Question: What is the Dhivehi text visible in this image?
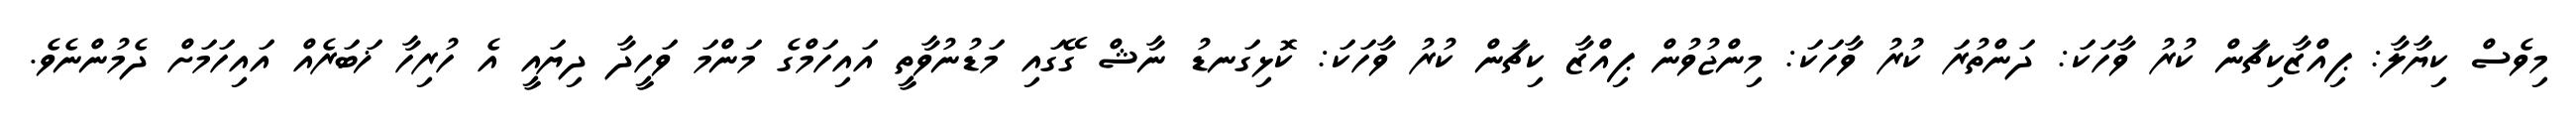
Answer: މިވެސް ކިޔާލާ: ޕިއްޒާކިޗަން ކުރު ވާހަކަ: ދަންތުރަ ކުރު ވާހަކަ: މިންޖުވުން ޕިއްޒާ ކިޗަން ކުރު ވާހަކަ: ކޮޅިގަނޑު ނާޝް ގޭގައި މަޑުނުވާތީ އައިހަމްގެ މަންމަ ވަހީދާ ދިޔައީ އެ ހުރިހާ ޚަބަރެއް އައިހަމަށް ދެމުންނެވެ.